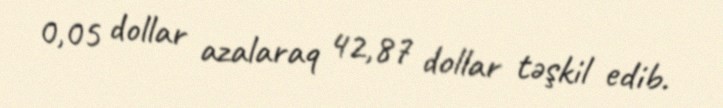
0,05 dollar azalaraq 42,87 dollar təşkil edib.